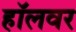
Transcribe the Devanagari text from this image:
हॉलवर